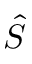
\hat { S }